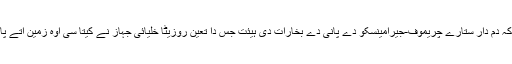
بہر حال، 10 دسمبر 2014ء، سائنسداناں نے دسیا کہ دم دار ستارے چریموف-جیرامینسکو دے پانی دے بخارات دی ہیئت جس دا تعین روزیٹا خلیائی جہاز نے کیتا سی اوہ زمین اُتے پائے جانے والے پانی تو‏ں معقول حد تک مختلف سی۔